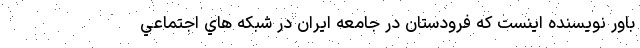
باور نويسنده اينست كه فرودستان در جامعه ايران در شبكه هاي اجتماعي